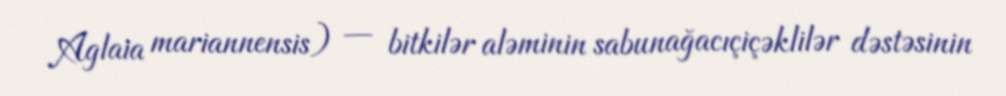
Aglaia mariannensis) — bitkilər aləminin sabunağacıçiçəklilər dəstəsinin